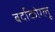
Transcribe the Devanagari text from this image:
बर्दाकोग्लू